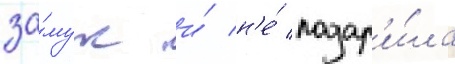
за́муж и́ н'е́ подар'и́ла